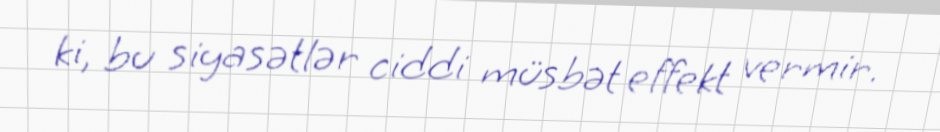
ki, bu siyasətlər ciddi müsbət effekt vermir.